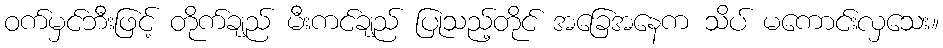
ဝက်မှင်ဘီးဖြင့် တိုက်ချည် မီးကင်ချည် ပြုသည့်တိုင် အခြေအနေက သိပ် မကောင်းလှသေး။